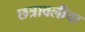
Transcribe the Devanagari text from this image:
छत्रावलीचा